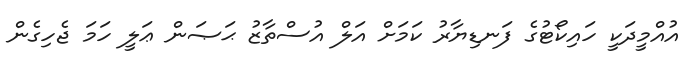
އުއްމީދަކީ ހައިކޯޓުގެ ފަނޑިޔާރު ކަމަށް އަލް އުސްތާޒު ޙަޞަން ޢަލީ ހަމަ ޖެހިގެން